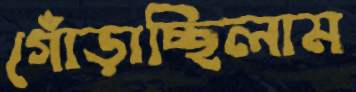
গোঁড়াচ্ছিলাম